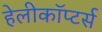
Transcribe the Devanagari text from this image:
हेलीकॉप्टर्स